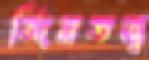
জিনতত্ত্ব